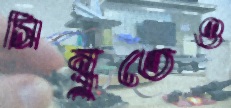
সিন্ধুতেও